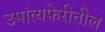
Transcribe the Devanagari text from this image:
उपांत्यफेरीतील